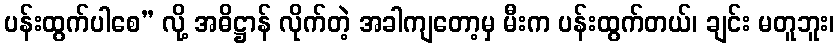
ပန်းထွက်ပါစေ” လို့ အဓိဋ္ဌာန် လိုက်တဲ့ အခါကျတော့မှ မီးက ပန်းထွက်တယ်၊ ချင်း မတူဘူး၊